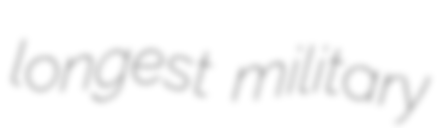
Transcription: longest military